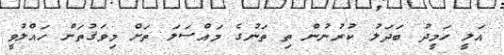
އަލީ ހަމީދު ބަދަލު ކުރުނުން ތި ތަނުގެ މައްސަލަ ތަށް މިވަޤުތަށް ހައްލުވީ